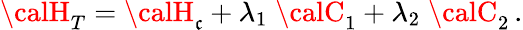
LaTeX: {\calH}_{T}={\calH}_{\mathfrak{c}}+\lambda_{1}\; {\calC}_{1}+\lambda_{2}\; {\calC}_{2}\, .